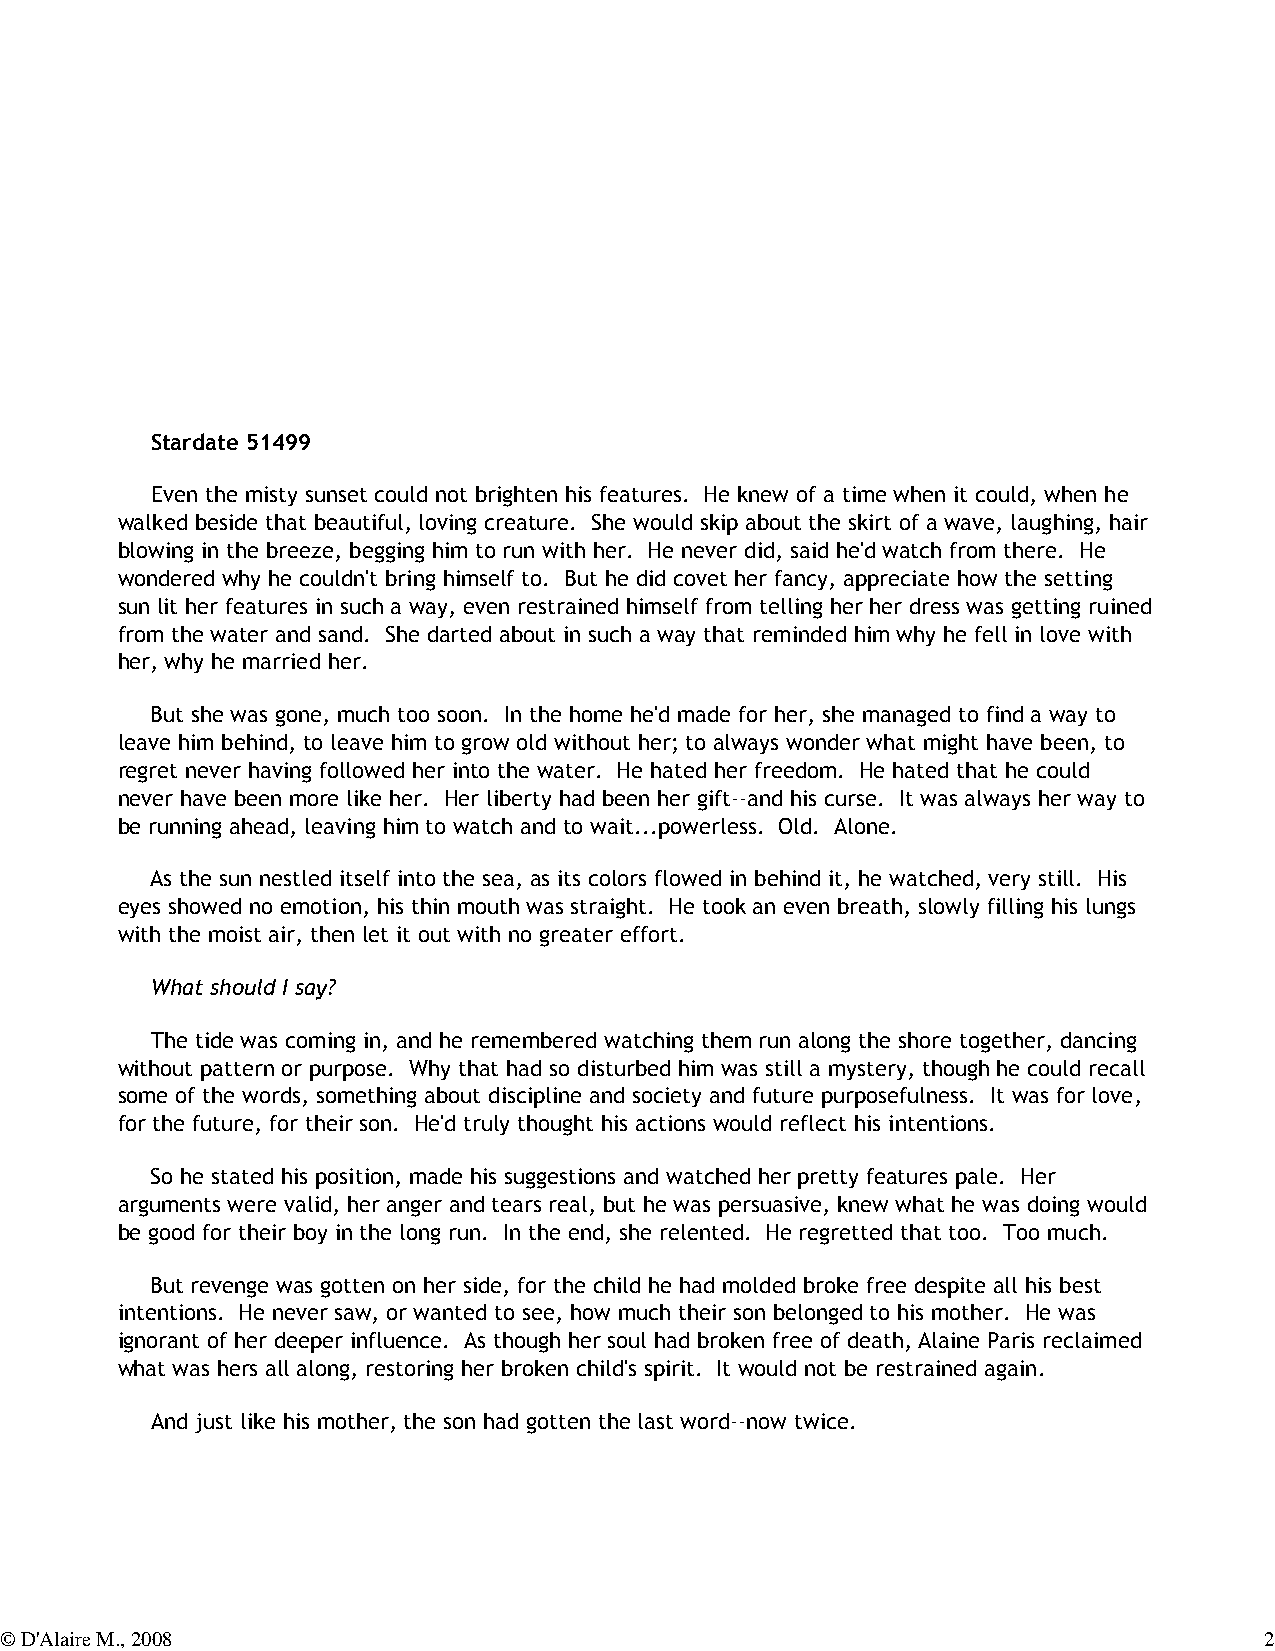
Stardate 51499
 Even the misty sunset could not brighten his features. He knew of a time when it could, when he
 walked beside that beautiful, loving creature. She would skip about the skirt of a wave, laughing, hair
 blowing in the breeze, begging him to run with her. He never did, said he'd watch from there. He
 wondered why he couldn't bring himself to. But he did covet her fancy, appreciate how the setting
 sun lit her features in such a way, even restrained himself from telling her her dress was getting ruined
 from the water and sand. She darted about in such a way that reminded him why he fell in love with
 her, why he married her.
 But she was gone, much too soon. In the home he'd made for her, she managed to find a way to
 leave him behind, to leave him to grow old without her; to always wonder what might have been, to
 regret never having followed her into the water. He hated her freedom. He hated that he could
 never have been more like her. Her liberty had been her gift--and his curse. It was always her way to
 be running ahead, leaving him to watch and to wait...powerless. Old. Alone.
 As the sun nestled itself into the sea, as its colors flowed in behind it, he watched, very still. His
 eyes showed no emotion, his thin mouth was straight. He took an even breath, slowly filling his lungs
 with the moist air, then let it out with no greater effort.
 What should I say?
 The tide was coming in, and he remembered watching them run along the shore together, dancing
 without pattern or purpose. Why that had so disturbed him was still a mystery, though he could recall
 some of the words, something about discipline and society and future purposefulness. It was for love,
 for the future, for their son. He'd truly thought his actions would reflect his intentions.
 So he stated his position, made his suggestions and watched her pretty features pale. Her
 arguments were valid, her anger and tears real, but he was persuasive, knew what he was doing would
 be good for their boy in the long run. In the end, she relented. He regretted that too. Too much.
 But revenge was gotten on her side, for the child he had molded broke free despite all his best
 intentions. He never saw, or wanted to see, how much their son belonged to his mother. He was
 ignorant of her deeper influence. As though her soul had broken free of death, Alaine Paris reclaimed
 what was hers all along, restoring her broken child's spirit. It would not be restrained again.
 And just like his mother, the son had gotten the last word--now twice.
 © D'Alaire M., 2008                                                                 2